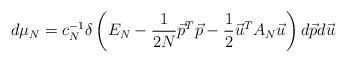
LaTeX: \begin{align*}d\mu_N = c_N^{-1}\delta\left(E_N - \frac{1}{2N}\vec{p}^T\vec{p} - \frac{1}{2} \vec{u}^TA_N\vec{u}\right) d\vec{p}d\vec{u}\end{align*}